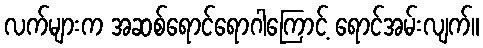
လက်များက အဆစ်ရောင်ရောဂါကြောင့် ရောင်အမ်းလျက်။